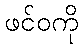
ဖင်ဝကို